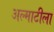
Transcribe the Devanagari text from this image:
अल्माटीला